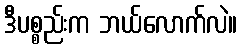
ဒီပစ္စည်းက ဘယ်လောက်လဲ။